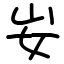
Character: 𡚴